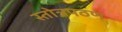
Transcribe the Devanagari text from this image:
स्तोत्रपठण